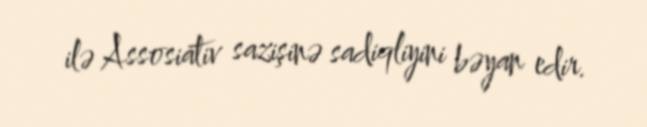
ilə Assosiativ sazişinə sadiqliyini bəyan edir.